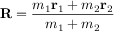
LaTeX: \mathbf { R } = { \frac { m _ { 1 } \mathbf { r } _ { 1 } + m _ { 2 } \mathbf { r } _ { 2 } } { m _ { 1 } + m _ { 2 } } }